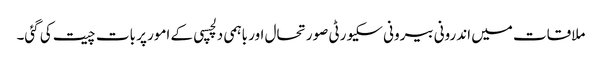
ملاقات میں اندرونی بیرونی سکیورٹی صورتحال اور باہمی دلچسپی کے امور پر بات چیت کی گئی۔